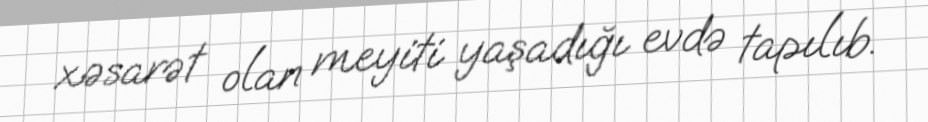
xəsarət olan meyiti yaşadığı evdə tapılıb.